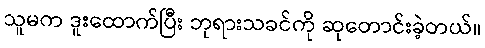
သူမက ဒူးထောက်ပြီး ဘုရားသခင်ကို ဆုတောင်းခဲ့တယ်။